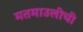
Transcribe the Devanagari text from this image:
मतमाउलीची